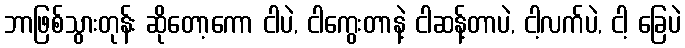
ဘာဖြစ်သွားတုန်း ဆိုတော့ကော ငါပဲ, ငါကွေးတာနဲ့ ငါဆန့်တာပဲ, ငါ့လက်ပဲ, ငါ့ ခြေပဲ